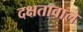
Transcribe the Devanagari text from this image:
दक्षतावाले